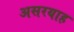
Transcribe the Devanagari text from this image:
असरयाह